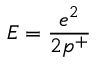
E = \frac { e ^ { 2 } } { 2 p ^ { + } }